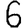
Digit: 6